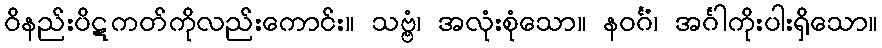
ဝိနည်းပိဋကတ်ကိုလည်းကောင်း။ သဗ္ဗံ၊ အလုံးစုံသော။ နဝင်္ဂံ၊ အင်္ဂါကိုးပါးရှိသော။